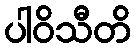
ပါဝိသီတိ